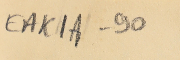
EAK1A-90